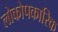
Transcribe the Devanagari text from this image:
लोकोपकारिक